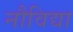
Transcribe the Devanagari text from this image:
नौविद्या